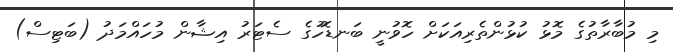
މި މުބާރާތުގެ މޮޅު ކުޅުންތެރިއަކަށް ހޮވުނީ ބަނޑޮހުގެ ސެޓަރު އިޝާން މުހައްމަދު (ބަޓިސް)